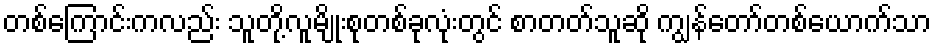
တစ်ကြောင်းကလည်း သူတို့လူမျိုးစုတစ်ခုလုံးတွင် စာတတ်သူဆို ကျွန်တော်တစ်ယောက်သာ